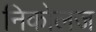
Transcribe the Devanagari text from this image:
निकोलज